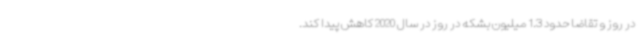
در روز و تقاضا حدود 1.3 میلیون بشکه در روز در سال 2020 کاهش پیدا کند.